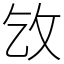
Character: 㩿